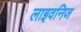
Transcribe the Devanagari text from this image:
लाइवनिज